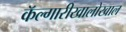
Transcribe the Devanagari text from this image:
कॅल्गारीखालोखाल